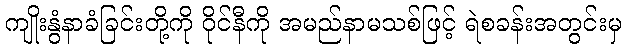
ကျိုးနွံနာခံခြင်းတို့ကို ဝိုင်နီကို အမည်နာမသစ်ဖြင့် ရဲစခန်းအတွင်းမှ